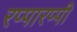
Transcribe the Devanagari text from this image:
रप्पारप्पी